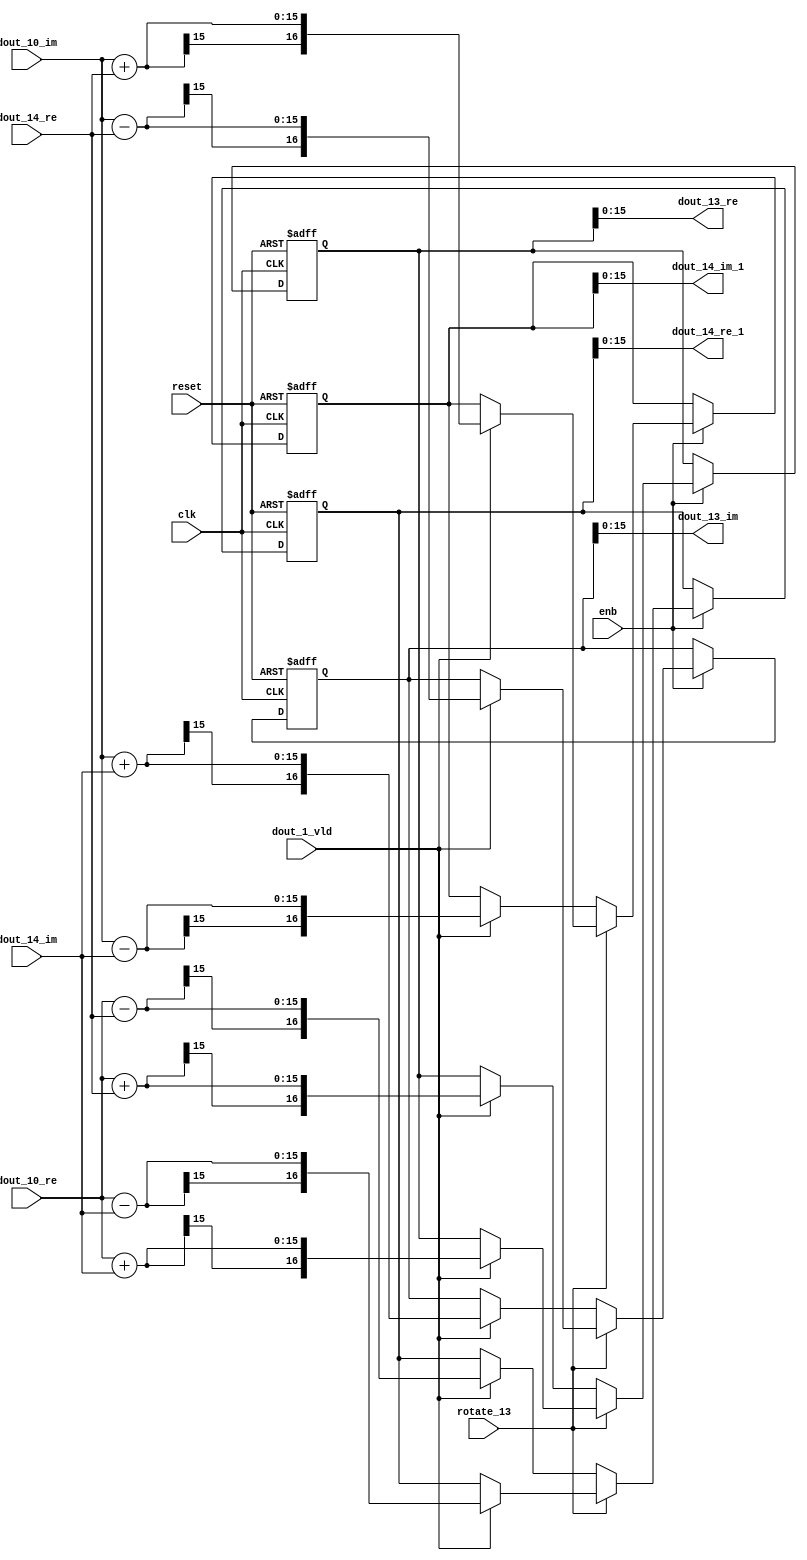
// -------------------------------------------------------------
// 
// 
// Generated by MATLAB 9.14 and HDL Coder 4.1
// 
// -------------------------------------------------------------


// -------------------------------------------------------------
// 
// Module: RADIX22FFT_SDNF2_4_block5
// Source Path: RSP/RSP/Velocity Processor/Doppler Processing/Doppler Processor/FFT/RADIX22FFT_SDNF2_4
// Hierarchy Level: 5
// 
// -------------------------------------------------------------

`timescale 1 ns / 1 ns

module RADIX22FFT_SDNF2_4_block5
          (clk,
           reset,
           enb,
           rotate_13,
           dout_10_re,
           dout_10_im,
           dout_14_re,
           dout_14_im,
           dout_1_vld,
           dout_13_re,
           dout_13_im,
           dout_14_re_1,
           dout_14_im_1);


  input   clk;
  input   reset;
  input   enb;
  input   rotate_13;  // ufix1
  input   signed [14:0] dout_10_re;  // sfix15_En10
  input   signed [14:0] dout_10_im;  // sfix15_En10
  input   signed [14:0] dout_14_re;  // sfix15_En10
  input   signed [14:0] dout_14_im;  // sfix15_En10
  input   dout_1_vld;
  output  signed [15:0] dout_13_re;  // sfix16_En10
  output  signed [15:0] dout_13_im;  // sfix16_En10
  output  signed [15:0] dout_14_re_1;  // sfix16_En10
  output  signed [15:0] dout_14_im_1;  // sfix16_En10


  wire signed [15:0] din1_re;  // sfix16_En10
  wire signed [15:0] din1_im;  // sfix16_En10
  wire signed [15:0] din2_re;  // sfix16_En10
  wire signed [15:0] din2_im;  // sfix16_En10
  reg  Radix22ButterflyG2_NF_din_vld_dly;
  reg signed [16:0] Radix22ButterflyG2_NF_btf1_re_reg;  // sfix17
  reg signed [16:0] Radix22ButterflyG2_NF_btf1_im_reg;  // sfix17
  reg signed [16:0] Radix22ButterflyG2_NF_btf2_re_reg;  // sfix17
  reg signed [16:0] Radix22ButterflyG2_NF_btf2_im_reg;  // sfix17
  reg  Radix22ButterflyG2_NF_din_vld_dly_next;
  reg signed [16:0] Radix22ButterflyG2_NF_btf1_re_reg_next;  // sfix17_En10
  reg signed [16:0] Radix22ButterflyG2_NF_btf1_im_reg_next;  // sfix17_En10
  reg signed [16:0] Radix22ButterflyG2_NF_btf2_re_reg_next;  // sfix17_En10
  reg signed [16:0] Radix22ButterflyG2_NF_btf2_im_reg_next;  // sfix17_En10
  reg signed [15:0] dout_13_re_1;  // sfix16_En10
  reg signed [15:0] dout_13_im_1;  // sfix16_En10
  reg signed [15:0] dout_14_re_2;  // sfix16_En10
  reg signed [15:0] dout_14_im_2;  // sfix16_En10
  reg  dout_4_vld;
  reg signed [16:0] Radix22ButterflyG2_NF_add_cast;  // sfix17_En10
  reg signed [16:0] Radix22ButterflyG2_NF_add_cast_0;  // sfix17_En10
  reg signed [16:0] Radix22ButterflyG2_NF_add_cast_1;  // sfix17_En10
  reg signed [16:0] Radix22ButterflyG2_NF_add_cast_2;  // sfix17_En10
  reg signed [16:0] Radix22ButterflyG2_NF_sub_cast;  // sfix17_En10
  reg signed [16:0] Radix22ButterflyG2_NF_sub_cast_0;  // sfix17_En10
  reg signed [16:0] Radix22ButterflyG2_NF_sub_cast_1;  // sfix17_En10
  reg signed [16:0] Radix22ButterflyG2_NF_sub_cast_2;  // sfix17_En10
  reg signed [16:0] Radix22ButterflyG2_NF_add_cast_3;  // sfix17_En10
  reg signed [16:0] Radix22ButterflyG2_NF_add_cast_4;  // sfix17_En10
  reg signed [16:0] Radix22ButterflyG2_NF_add_cast_5;  // sfix17_En10
  reg signed [16:0] Radix22ButterflyG2_NF_add_cast_6;  // sfix17_En10
  reg signed [16:0] Radix22ButterflyG2_NF_sub_cast_3;  // sfix17_En10
  reg signed [16:0] Radix22ButterflyG2_NF_sub_cast_4;  // sfix17_En10
  reg signed [16:0] Radix22ButterflyG2_NF_sub_cast_5;  // sfix17_En10
  reg signed [16:0] Radix22ButterflyG2_NF_sub_cast_6;  // sfix17_En10


  assign din1_re = {dout_10_re[14], dout_10_re};



  assign din1_im = {dout_10_im[14], dout_10_im};



  assign din2_re = {dout_14_re[14], dout_14_re};



  assign din2_im = {dout_14_im[14], dout_14_im};



  // Radix22ButterflyG2_NF
  always @(posedge clk or posedge reset)
    begin : Radix22ButterflyG2_NF_process
      if (reset == 1'b1) begin
        Radix22ButterflyG2_NF_din_vld_dly <= 1'b0;
        Radix22ButterflyG2_NF_btf1_re_reg <= 17'sb00000000000000000;
        Radix22ButterflyG2_NF_btf1_im_reg <= 17'sb00000000000000000;
        Radix22ButterflyG2_NF_btf2_re_reg <= 17'sb00000000000000000;
        Radix22ButterflyG2_NF_btf2_im_reg <= 17'sb00000000000000000;
      end
      else begin
        if (enb) begin
          Radix22ButterflyG2_NF_din_vld_dly <= Radix22ButterflyG2_NF_din_vld_dly_next;
          Radix22ButterflyG2_NF_btf1_re_reg <= Radix22ButterflyG2_NF_btf1_re_reg_next;
          Radix22ButterflyG2_NF_btf1_im_reg <= Radix22ButterflyG2_NF_btf1_im_reg_next;
          Radix22ButterflyG2_NF_btf2_re_reg <= Radix22ButterflyG2_NF_btf2_re_reg_next;
          Radix22ButterflyG2_NF_btf2_im_reg <= Radix22ButterflyG2_NF_btf2_im_reg_next;
        end
      end
    end

  always @(Radix22ButterflyG2_NF_btf1_im_reg, Radix22ButterflyG2_NF_btf1_re_reg,
       Radix22ButterflyG2_NF_btf2_im_reg, Radix22ButterflyG2_NF_btf2_re_reg,
       Radix22ButterflyG2_NF_din_vld_dly, din1_im, din1_re, din2_im, din2_re,
       dout_1_vld, rotate_13) begin
    Radix22ButterflyG2_NF_add_cast_1 = 17'sb00000000000000000;
    Radix22ButterflyG2_NF_add_cast_2 = 17'sb00000000000000000;
    Radix22ButterflyG2_NF_sub_cast_1 = 17'sb00000000000000000;
    Radix22ButterflyG2_NF_sub_cast_2 = 17'sb00000000000000000;
    Radix22ButterflyG2_NF_add_cast_5 = 17'sb00000000000000000;
    Radix22ButterflyG2_NF_add_cast_6 = 17'sb00000000000000000;
    Radix22ButterflyG2_NF_sub_cast_5 = 17'sb00000000000000000;
    Radix22ButterflyG2_NF_sub_cast_6 = 17'sb00000000000000000;
    Radix22ButterflyG2_NF_add_cast = 17'sb00000000000000000;
    Radix22ButterflyG2_NF_add_cast_0 = 17'sb00000000000000000;
    Radix22ButterflyG2_NF_sub_cast = 17'sb00000000000000000;
    Radix22ButterflyG2_NF_sub_cast_0 = 17'sb00000000000000000;
    Radix22ButterflyG2_NF_add_cast_3 = 17'sb00000000000000000;
    Radix22ButterflyG2_NF_add_cast_4 = 17'sb00000000000000000;
    Radix22ButterflyG2_NF_sub_cast_3 = 17'sb00000000000000000;
    Radix22ButterflyG2_NF_sub_cast_4 = 17'sb00000000000000000;
    Radix22ButterflyG2_NF_btf1_re_reg_next = Radix22ButterflyG2_NF_btf1_re_reg;
    Radix22ButterflyG2_NF_btf1_im_reg_next = Radix22ButterflyG2_NF_btf1_im_reg;
    Radix22ButterflyG2_NF_btf2_re_reg_next = Radix22ButterflyG2_NF_btf2_re_reg;
    Radix22ButterflyG2_NF_btf2_im_reg_next = Radix22ButterflyG2_NF_btf2_im_reg;
    Radix22ButterflyG2_NF_din_vld_dly_next = dout_1_vld;
    if (rotate_13 != 1'b0) begin
      if (dout_1_vld) begin
        Radix22ButterflyG2_NF_add_cast_1 = {din1_re[15], din1_re};
        Radix22ButterflyG2_NF_add_cast_2 = {din2_im[15], din2_im};
        Radix22ButterflyG2_NF_btf1_re_reg_next = Radix22ButterflyG2_NF_add_cast_1 + Radix22ButterflyG2_NF_add_cast_2;
        Radix22ButterflyG2_NF_sub_cast_1 = {din1_re[15], din1_re};
        Radix22ButterflyG2_NF_sub_cast_2 = {din2_im[15], din2_im};
        Radix22ButterflyG2_NF_btf2_re_reg_next = Radix22ButterflyG2_NF_sub_cast_1 - Radix22ButterflyG2_NF_sub_cast_2;
        Radix22ButterflyG2_NF_add_cast_5 = {din1_im[15], din1_im};
        Radix22ButterflyG2_NF_add_cast_6 = {din2_re[15], din2_re};
        Radix22ButterflyG2_NF_btf2_im_reg_next = Radix22ButterflyG2_NF_add_cast_5 + Radix22ButterflyG2_NF_add_cast_6;
        Radix22ButterflyG2_NF_sub_cast_5 = {din1_im[15], din1_im};
        Radix22ButterflyG2_NF_sub_cast_6 = {din2_re[15], din2_re};
        Radix22ButterflyG2_NF_btf1_im_reg_next = Radix22ButterflyG2_NF_sub_cast_5 - Radix22ButterflyG2_NF_sub_cast_6;
      end
    end
    else if (dout_1_vld) begin
      Radix22ButterflyG2_NF_add_cast = {din1_re[15], din1_re};
      Radix22ButterflyG2_NF_add_cast_0 = {din2_re[15], din2_re};
      Radix22ButterflyG2_NF_btf1_re_reg_next = Radix22ButterflyG2_NF_add_cast + Radix22ButterflyG2_NF_add_cast_0;
      Radix22ButterflyG2_NF_sub_cast = {din1_re[15], din1_re};
      Radix22ButterflyG2_NF_sub_cast_0 = {din2_re[15], din2_re};
      Radix22ButterflyG2_NF_btf2_re_reg_next = Radix22ButterflyG2_NF_sub_cast - Radix22ButterflyG2_NF_sub_cast_0;
      Radix22ButterflyG2_NF_add_cast_3 = {din1_im[15], din1_im};
      Radix22ButterflyG2_NF_add_cast_4 = {din2_im[15], din2_im};
      Radix22ButterflyG2_NF_btf1_im_reg_next = Radix22ButterflyG2_NF_add_cast_3 + Radix22ButterflyG2_NF_add_cast_4;
      Radix22ButterflyG2_NF_sub_cast_3 = {din1_im[15], din1_im};
      Radix22ButterflyG2_NF_sub_cast_4 = {din2_im[15], din2_im};
      Radix22ButterflyG2_NF_btf2_im_reg_next = Radix22ButterflyG2_NF_sub_cast_3 - Radix22ButterflyG2_NF_sub_cast_4;
    end
    dout_13_re_1 = Radix22ButterflyG2_NF_btf1_re_reg[15:0];
    dout_13_im_1 = Radix22ButterflyG2_NF_btf1_im_reg[15:0];
    dout_14_re_2 = Radix22ButterflyG2_NF_btf2_re_reg[15:0];
    dout_14_im_2 = Radix22ButterflyG2_NF_btf2_im_reg[15:0];
    dout_4_vld = Radix22ButterflyG2_NF_din_vld_dly;
  end



  assign dout_13_re = dout_13_re_1;

  assign dout_13_im = dout_13_im_1;

  assign dout_14_re_1 = dout_14_re_2;

  assign dout_14_im_1 = dout_14_im_2;

endmodule  // RADIX22FFT_SDNF2_4_block5